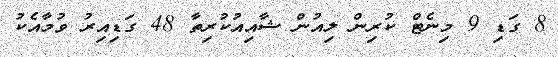
8 ގަޑި 9 މިނެޓް ކުރިން ލިއުން ޝާއިއުކުރިތާ 48 ގަޑިއިރު ވުމާއެކު